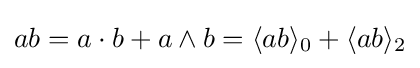
ab=a\cdot b+a\wedge b=\langle ab\rangle _{0}+\langle ab\rangle _{2}